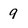
Character: 9